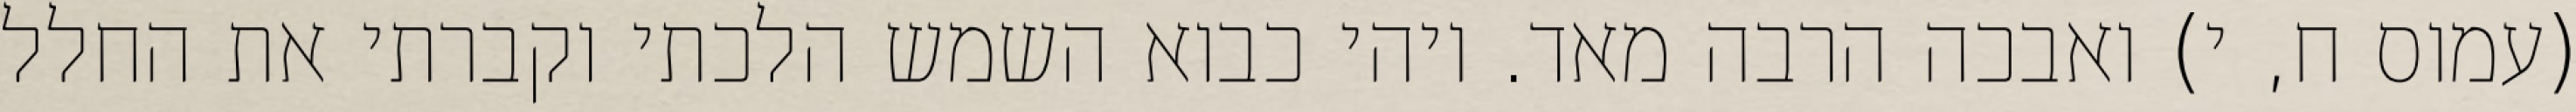
(עמוס ח, י) ואבכה הרבה מאד. ויהי כבוא השמש הלכתי וקברתי את החלל